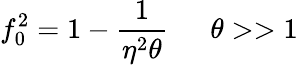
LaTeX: f_{0}^{2}=1-\frac{1}{\eta^{2}\theta}\, \, \, \, \, \, \, \, \, \theta>>1